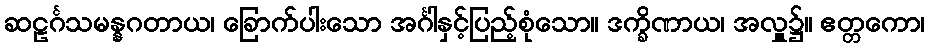
ဆဠင်္ဂသမန္နဂတာယ၊ ခြောက်ပါးသော အင်္ဂါနှင့်ပြည့်စုံသော။ ဒက္ခိဏာယ၊ အလှူ၌။ ဧတ္တကော၊